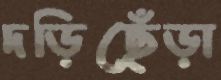
দড়িছেঁড়া